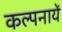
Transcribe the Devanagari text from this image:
कल्पनायें